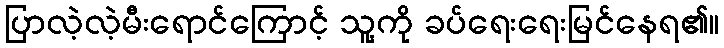
ပြာလဲ့လဲ့မီးရောင်ကြောင့် သူ့ကို ခပ်ရေးရေးမြင်နေရ၏။